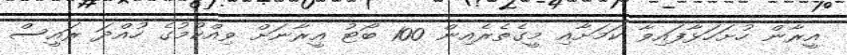
އީރާން ހުށަހަޅާފައިވާ ކަމަށާއި މީގެތެރެއިން 100 ބޯޓު އީރާނަށް ވިއްކުމުގެ ހުއްދަ ރައީސް